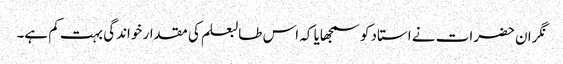
نگران حضرات نے استاد کو سمجھایا کہ اس طالبعلم کی مقدار خواندگی بہت کم ہے۔